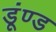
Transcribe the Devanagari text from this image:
डूंण्ड